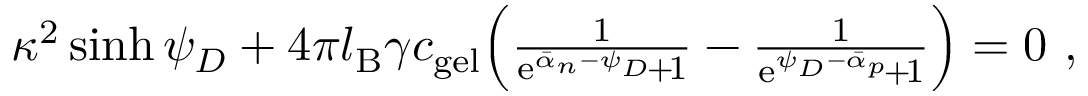
\begin{array} { r } { \kappa ^ { 2 } \sinh { \psi _ { D } } + 4 \pi l _ { \mathrm { B } } \gamma c _ { \mathrm { g e l } } \Big ( \frac { 1 } { \mathrm { e } ^ { \bar { \alpha } _ { n } - \psi _ { D } } \! + \! 1 } - \frac { 1 } { \mathrm { e } ^ { \psi _ { D } - \bar { \alpha } _ { p } } \! + \! 1 } \Big ) = 0 \ , ~ ~ ~ ~ ~ ~ } \end{array}